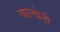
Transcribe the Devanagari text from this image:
बाल्वेनी